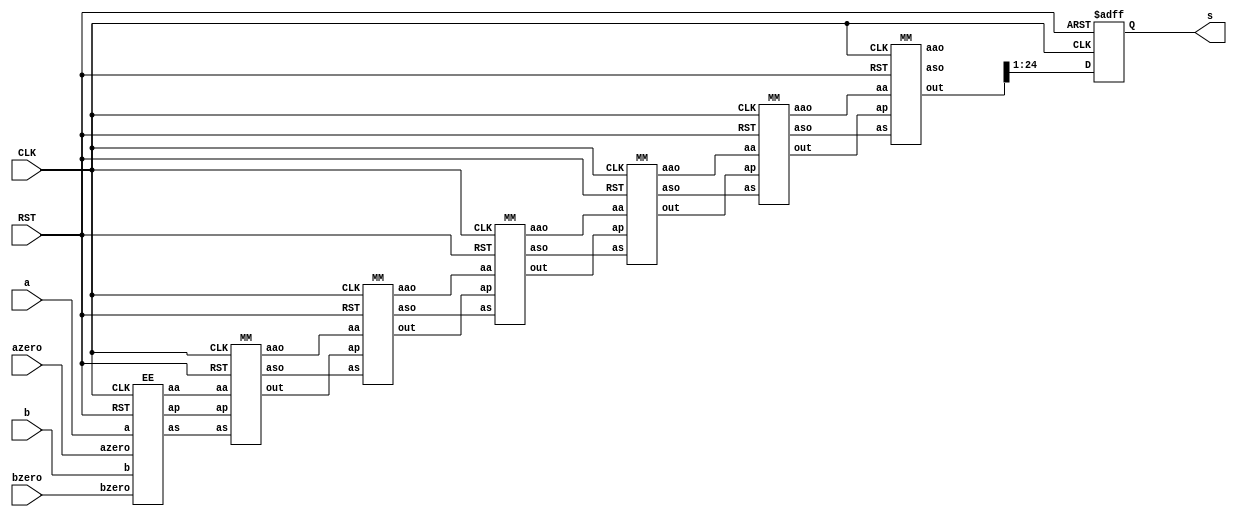
`timescale 1ns / 1ps

module booth_multiplier_pipeline(a,b, azero, bzero, CLK,RST,s 
    );
	 input [9:0] a;
	 input [9:0] b;
	 input azero, bzero;
	 input CLK, RST;
	 output reg [23:0] s;
	 
	 wire [23:0] aa[6:0];
	 wire [23:0] as[6:0];
	 
	 wire [24:0] partials[6:0];
	 
	 EE a1 (a, b, azero, bzero,CLK, RST, aa[0], as[0], partials[0]);
	 
	 genvar i;
	 generate 	 
		for(i=0; i<6; i=i+1) begin: genblk1
			MM u1 (aa[i], as[i], partials[i], partials[i+1], aa[i+1], as[i+1], CLK, RST);
		end
	endgenerate
	 
		 always@(posedge CLK, negedge RST) begin
		 if(!RST) begin
				s <= 0;
		 end else begin
				s <= (partials[6][24:1]);
		 end
		 end
	endmodule

module MM (aa, as, ap, out, aao, aso, CLK, RST);
		 input [23:0] aa;
		 input [23:0] as;
		 input [24:0] ap;
		 input CLK, RST;
		 
		 reg [24:0] ppp;
		 wire [2:0] CC = ap[2:0];
		 wire [24:0] pp;
		 
		 output reg [24:0] out;
		 output reg [23:0] aao;
		 output reg [23:0] aso;
		 
		 reg [23:0] aa1;
	 
		 reg [23:0] as1;
		 

	
		 always@(*) begin
		 case(CC)
			3'b001:   ppp = {1'b0,aa[23:0]};
			3'b010:   ppp = {1'b0,aa[23:0]};
			3'b011:   ppp = {1'b0,aa[22:0],1'b0};
			3'b100:   ppp = {1'b1,as[22:0],1'b0};
			3'b101:   ppp = {1'b1,as[23:0]};
			3'b110:   ppp = {1'b1,as[23:0]};
			default : ppp = 0;
		 endcase
		 end
		 assign pp = {ap[24],ap[24:1]} + ppp;
		 
		 always@(posedge CLK, negedge RST) begin
		 if(!RST) begin
				out <= 0;
				aao <= 0;
				aso <= 0;
				
				
		 end else begin
				out[24] <= pp[24];
				out[23:0] <= pp[24:1];
				
				aao <= aa;
				aso <= as;
				
		 end
		 end
		 
endmodule



module EE (a, b, azero, bzero, CLK, RST,  aa, as, ap);
		 input [9:0] a;
    	 input [9:0] b;
		 input azero, bzero;
		 input CLK, RST;
		 
		 wire [23:0] aaa; 
		 wire [23:0] aas;
		 wire [24:0] aap;
		 
		 assign aaa[23] = 1'b0;
		 assign aaa[22] = azero;
		 assign aaa[21:12] = a[9:0];
		 assign aaa[11: 0] = 12'b0;
		 
		 assign aas[23:12] = (~{1'b0,azero,a[9:0]}+1);
		 assign aas[11: 0] = 12'b0;
		 
    	 assign aap[24:12] = 12'b0;
		 assign aap[11] = bzero;
		 assign aap[10: 1] = b[9:0];
		 assign aap[0] = 0;
		 
		 output reg [23:0] aa;
		 output reg [23:0] as;
		 output reg [24:0] ap;

		 
		 always@(posedge CLK, negedge RST) begin
				if(!RST) begin
							aa <= 0;
							as <= 0;
							ap <= 0;
				end
		 else begin
							aa <= aaa;
							as <= aas;
							ap <= aap;
				end
		 end
		 
endmodule